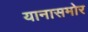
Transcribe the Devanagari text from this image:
यानासमोर